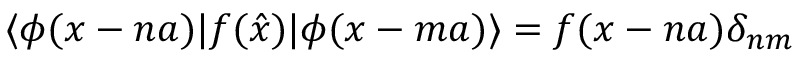
\langle \phi ( x - n a ) | f ( \hat { x } ) | \phi ( x - m a ) \rangle = f ( x - n a ) \delta _ { n m }